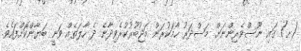
(ށ) ގައި ނޫސްވެރިންނަށް މަސްދަރު ހާމަކުރަން މަޖުބޫރުކުރެވިދާނެ ދެ ހާލަތެއް ވަނީ ބަޔާންކޮށްފައެވެ.